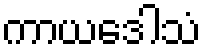
ကာယဒေါသံ